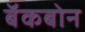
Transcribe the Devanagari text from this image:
बॅकबोन